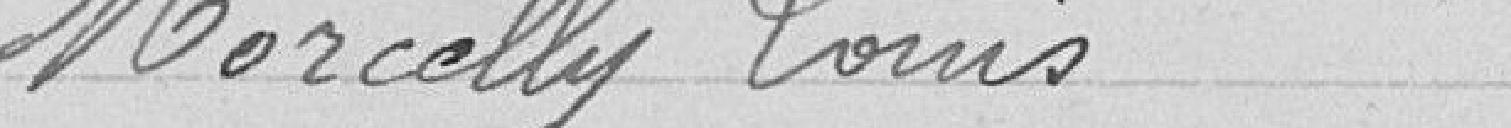
Morcelly Louis